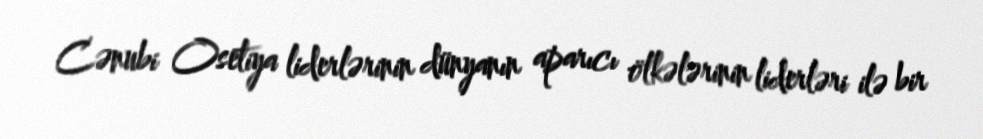
Cənubi Osetiya liderlərinin dünyanın aparıcı ölkələrinin liderləri ilə bir